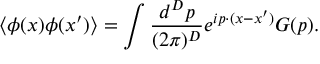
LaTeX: \left< \phi ( x ) \phi ( x ^ { \prime } ) \right> = \int \frac { d ^ { D } p } { ( 2 \pi ) ^ { D } } e ^ { i p \cdot ( x - x ^ { \prime } ) } G ( p ) .